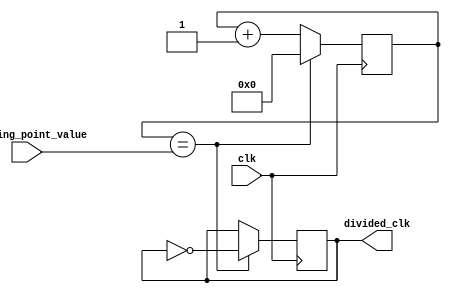
module floating_point_clock_divider (
    input clk,
    input [7:0] floating_point_value,
    output reg divided_clk
);

reg [7:0] counter;

always @(posedge clk) begin
    counter <= counter + 1;
    if (counter == floating_point_value) begin
        counter <= 0;
        divided_clk <= ~divided_clk;
    end
end

endmodule